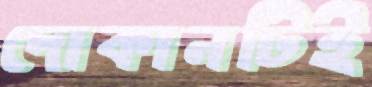
দোকানটিই